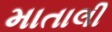
માતાલી